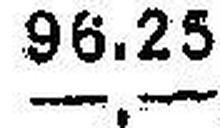
—.—